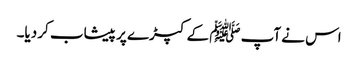
اس نے آپ ﷺ کے کپڑے پر پیشاب کر دیا۔